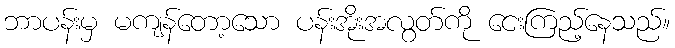
ဘာပန်းမှ မကျန်တော့သော ပန်းအိုးအလွတ်ကို ငေးကြည့်နေသည်။